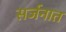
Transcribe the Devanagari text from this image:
सर्जनात